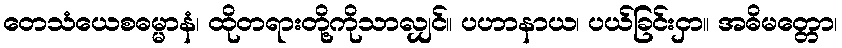
တေသံယေစဓမ္မာနံ၊ ထိုတရားတို့ကိုသာလျှင်။ ပဟာနာယ၊ ပယ်ခြင်းငှာ။ အဓိမတ္တော၊